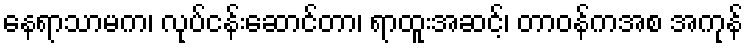
နေရာသာမက၊ လုပ်ငန်းဆောင်တာ၊ ရာထူးအဆင့်၊ တာဝန်ကအစ အကုန်